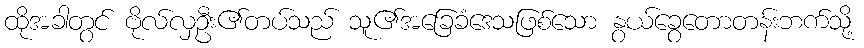
ထိုအခါတွင် ဗိုလ်လှဦး၏တပ်သည် သူ၏အခြေခံဒေသဖြစ်သော နွယ်ခွေတောတန်းဘက်သို့